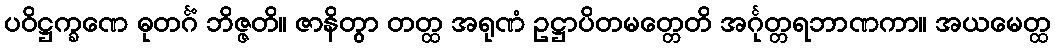
ပဝိဋ္ဌက္ခဏေ ဓုတင်္ဂံ ဘိဇ္ဇတိ။ ဇာနိတွာ တတ္ထ အရုဏံ ဥဋ္ဌာပိတမတ္တေတိ အင်္ဂုတ္တရဘာဏကာ။ အယမေတ္ထ